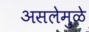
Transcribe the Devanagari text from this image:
असलेमुळे